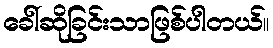
ခေါ်ဆိုခြင်းသာဖြစ်ပါတယ်။